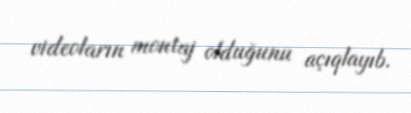
videoların montaj olduğunu açıqlayıb.